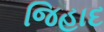
જિહાદ